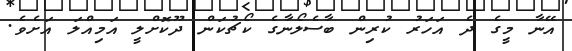
އޭނާ މީގެ ދެ އަހަރު ކުރިން ބާސެލޯނާގެ ކޯޗުކަން ދޫކޮށްލީ އަމިއްލަ އަށެވެ.